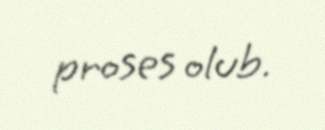
proses olub.